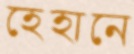
হেহানে